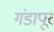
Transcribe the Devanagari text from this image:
गंडापूर